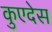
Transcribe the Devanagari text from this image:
कुएदेस